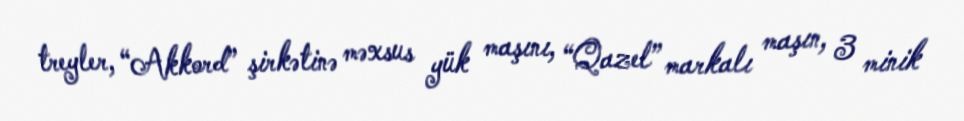
treyler, “Akkord” şirkətinə məxsus yük maşını, “Qazel” markalı maşın, 3 minik